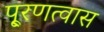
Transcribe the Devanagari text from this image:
पू्रणत्वास